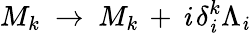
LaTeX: M_{k}\ \rightarrow\ M_{k}\, +\, \mathit{i}\, \delta_{\mathit{i}}^{k}\Lambda_{\mathit{i}}